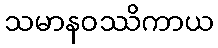
သမာနဝဿိကာယ